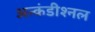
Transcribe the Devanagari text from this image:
अन्कंडीश्नल